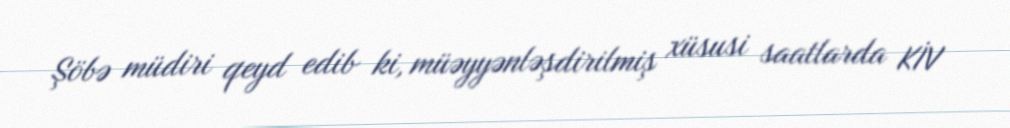
Şöbə müdiri qeyd edib ki, müəyyənləşdirilmiş xüsusi saatlarda KİV